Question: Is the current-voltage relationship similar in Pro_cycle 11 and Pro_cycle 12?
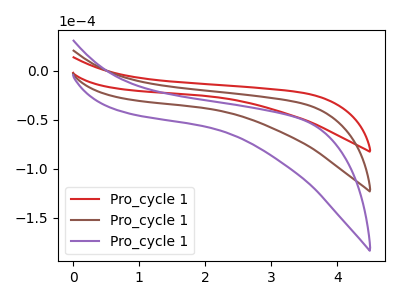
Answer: <think>The red curve "Pro_cycle 11" has no peaks. The brown curve "Pro_cycle 12" has no peaks. The purple curve "Pro_cycle 13" has no peaks.
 Neither "Pro_cycle 11" or "Pro_cycle 12" have any peaks.</think>
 <answer>"Pro_cycle 11" and "Pro_cycle 12" are similar in shape.</answer>
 <eval>same_shape</eval>